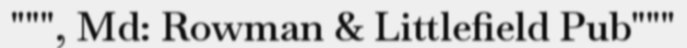
""", Md: Rowman & Littlefield Pub"""